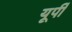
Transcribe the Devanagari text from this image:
यूर्पी